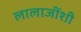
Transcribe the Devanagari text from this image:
लालाजींशी